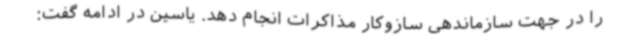
را در جهت سازماندهی سازوکار مذاکرات انجام دهد. یاسین در ادامه گفت: